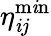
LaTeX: \eta_{\mathit{i}j}^{\operatorname*{m\mathit{i}n}}